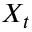
X _ { t }